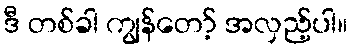
ဒီ တစ်ခါ ကျွန်တော့် အလှည့်ပါ။